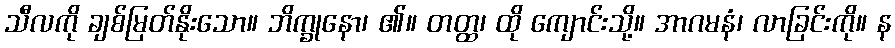
သီလကို ချစ်မြတ်နိုးသော။ ဘိက္ခုနော၊ ၏။ တတ္ထ၊ ထို ကျောင်းသို့။ အာဂမနံ၊ လာခြင်းကို။ န